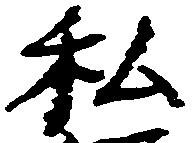
私